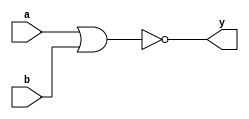
module nor_g(a,b,y);
input a,b;
output y;

assign y = ~(a|b);
endmodule

////////////////////////////////////////////////////////////////
////////////////////Test Bench/////////////////////////////////
module nor_gtb();
reg a,b;
wire y;
nor_g n1(a,b,y);
initial 
	begin
		a=0;b=0;
#10	a=0;b=1;
#10	a=1;b=0;
#10	a=1;b=1;
#10
$stop;
end
endmodule